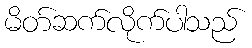
မိတ်ဆက်လိုက်ပါသည်